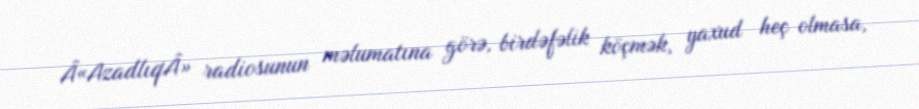
Â«AzadlıqÂ» radiosunun məlumatına görə, birdəfəlik köçmək, yaxud heç olmasa,